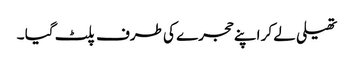
تھیلی لے کر اپنے حجرے کی طرف پلٹ گیا ۔